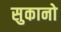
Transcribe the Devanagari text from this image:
सुकानो